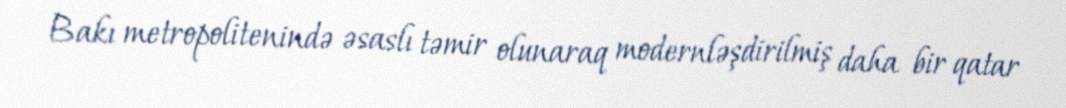
Bakı metropolitenində əsaslı təmir olunaraq modernləşdirilmiş daha bir qatar